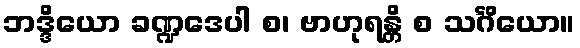
ဘဒ္ဒိယော ခဏ္ဍဒေပါ စ၊ ဗာဟုရန္တိ စ သင်္ဂိယော။